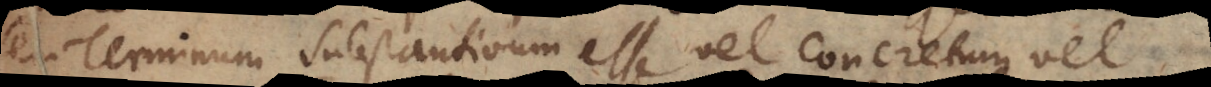
seu Terminum substantivum esse vel concretum vel